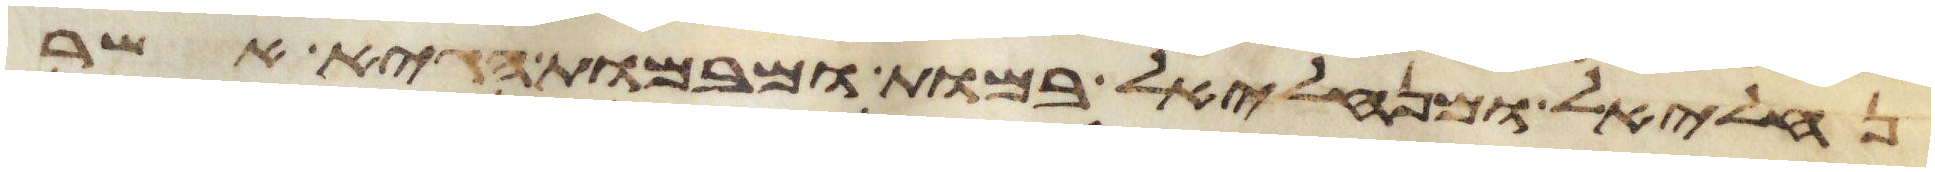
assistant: נחליאל ומנחליאל במות ומבמות הגיא אשר